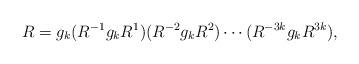
LaTeX: \begin{align*}R = g_k (R^{-1} g_k R^1) (R^{-2} g_k R^2) \cdots (R^{-3k} g_k R^{3k}),\end{align*}